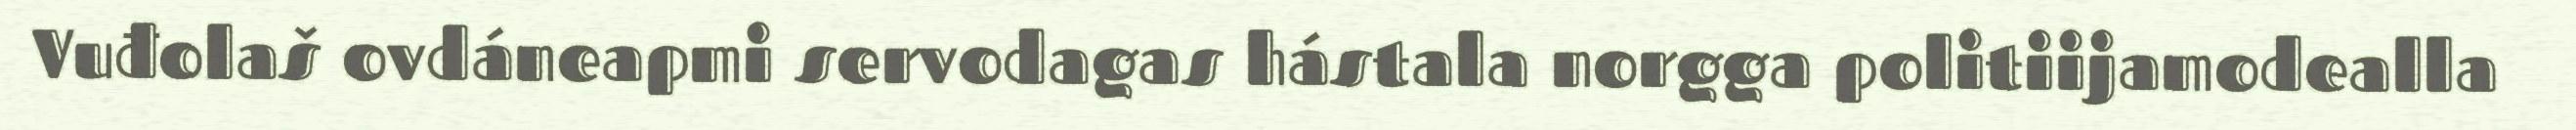
Vuđolaš ovdáneapmi servodagas hástala norgga politiijamodealla